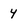
Character: 4